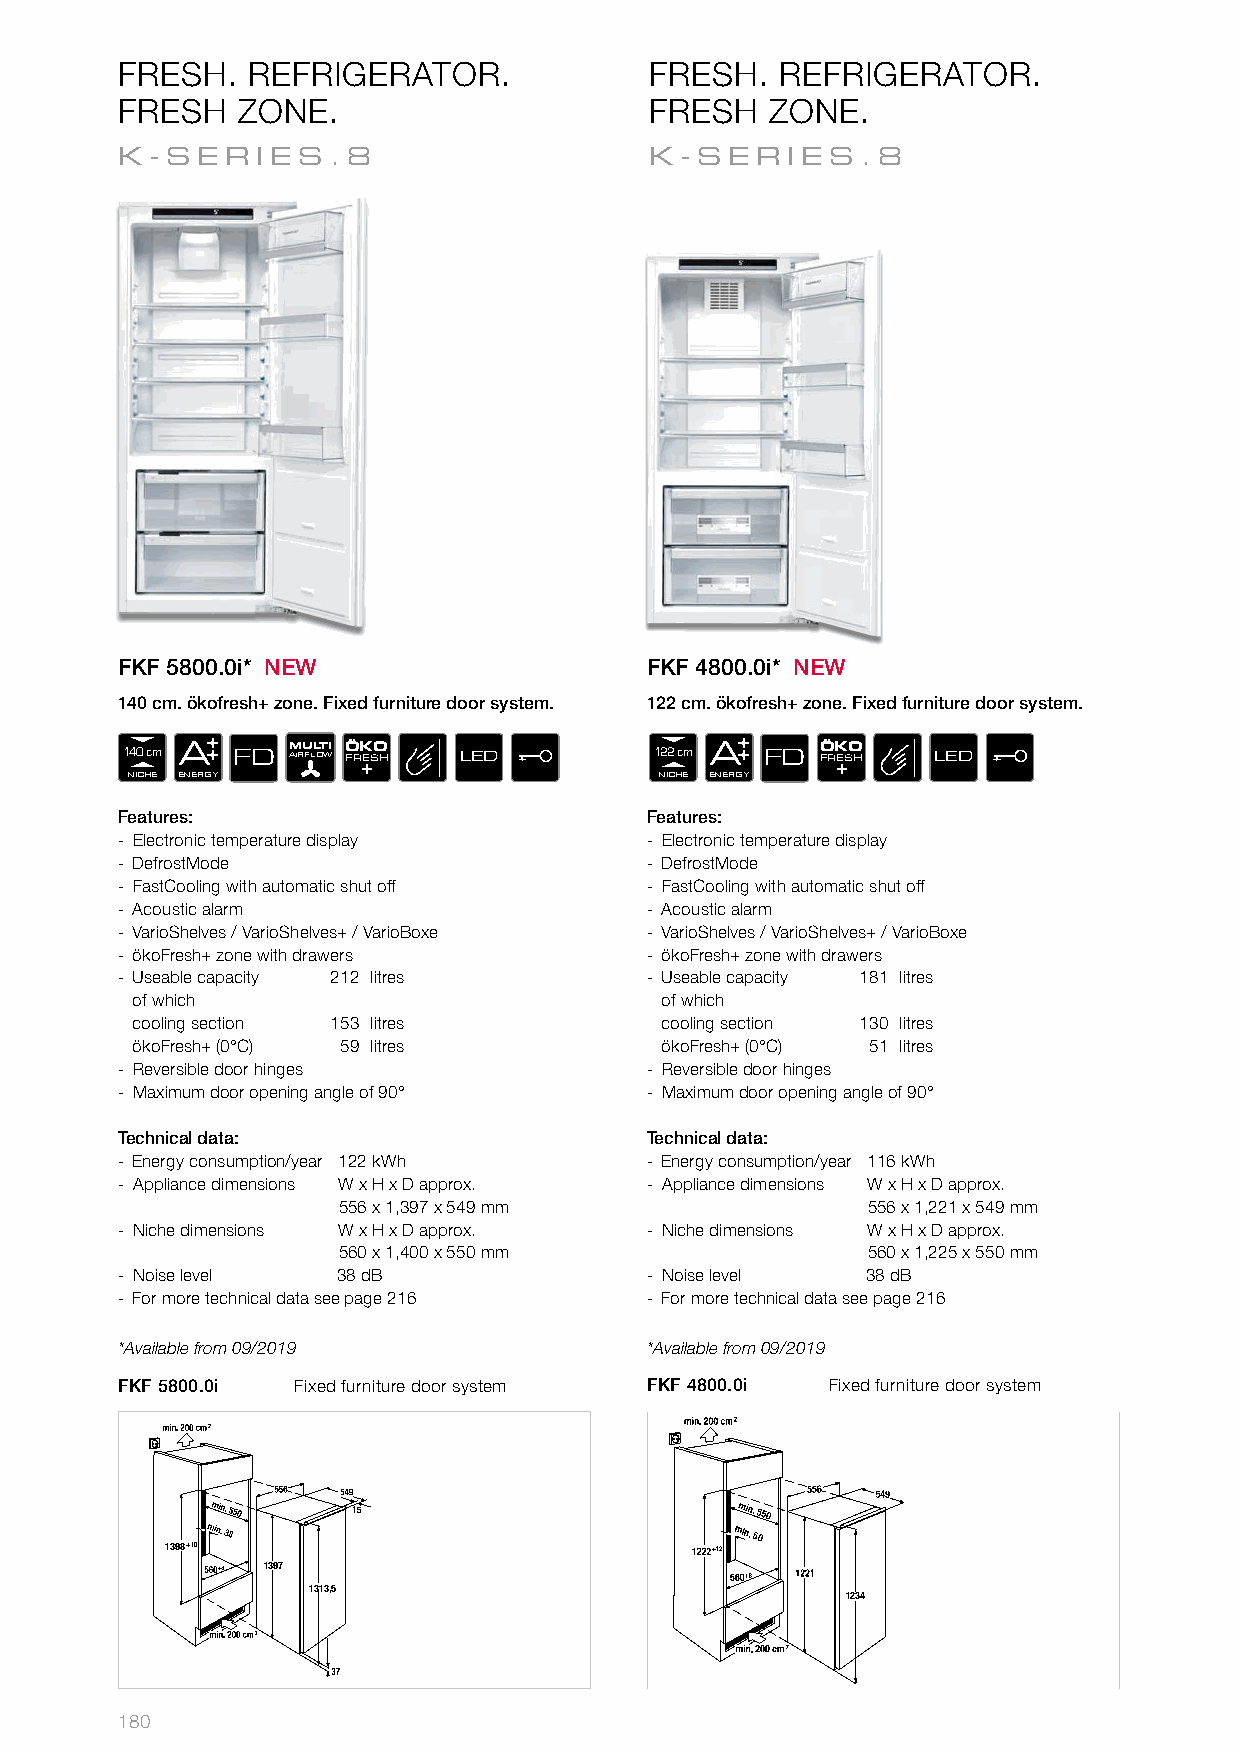
FRESH.  REFRIGERATOR.              FRESH.   REFRIGERATOR.
 FRESH   ZONE.                      FRESH   ZONE.
 K-SER    IES.8                     K- SERIES     .8
 FKF 5800.0i* NEW                   FKF 4800.0i* NEW
 140 cm. ökofresh+ zone. Fixed furniture door system. 122 cm. ökofresh+ zone. Fixed furniture door system.
 1 N4 I0
 C H
 c Em EA
 NERGY
 FD  AM IRU FLL OT WI Ö FRK +ESO H LED 1 N2 I2
 C H
 c Em EA
 NERGY
 FD Ö FRK +ESO H LED
 Features:                          Features:
 - Electronic temperature display   - Electronic temperature display
 - DefrostMode                      - DefrostMode
 - FastCooling with automatic shut off - FastCooling with automatic shut off
 - Acoustic alarm                   - Acoustic alarm
 - VarioShelves / VarioShelves+ / VarioBoxe - VarioShelves / VarioShelves+ / VarioBoxe
 - ökoFresh+ zone with drawers      - ökoFresh+ zone with drawers
 - Useable capacity 212 litres      - Useable capacity 181 litres
 of which                           of which
 cooling section 153 litres         cooling section 130 litres
 ökoFresh+ (0°C) 59 litres          ökoFresh+ (0°C) 51 litres
 - Reversible door hinges           - Reversible door hinges
 - Maximum door opening angle of 90° - Maximum door opening angle of 90°
 Technical data:                    Technical data:
 - Energy consumption/year 122 kWh  - Energy consumption/year 116 kWh
 - Appliance dimensions W x H x D approx. - Appliance dimensions W x H x D approx.
 556 x 1,397 x 549 mm               556 x 1,221 x 549 mm
 - Niche dimensions W x H x D approx. - Niche dimensions W x H x D approx.
 560 x 1,400 x 550 mm               560 x 1,225 x 550 mm
 - Noise level 38 dB                - Noise level 38 dB
 - For more technical data see page 216 - For more technical data see page 216
 *Available from 09/2019            *Available from 09/2019
 FKF 5800.0i Fixed furniture door system FKF 4800.0i Fixed furniture door system
 15
 min. 50
 1398+10                             +12
 1397
 1313,5
 1234
 180